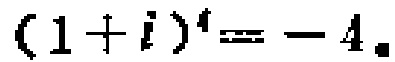
\((1 + i)^4 = - 4\)